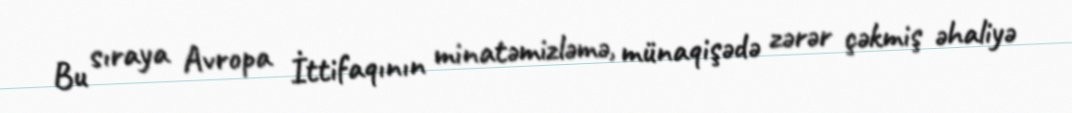
Bu sıraya Avropa İttifaqının minatəmizləmə, münaqişədə zərər çəkmiş əhaliyə